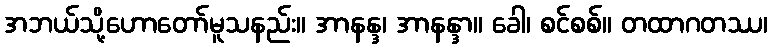
အဘယ်သို့ဟောတော်မူသနည်း။ အာနန္ဒ၊ အာနန္ဒာ။ ခေါ၊ စင်စစ်။ တထာဂတဿ၊